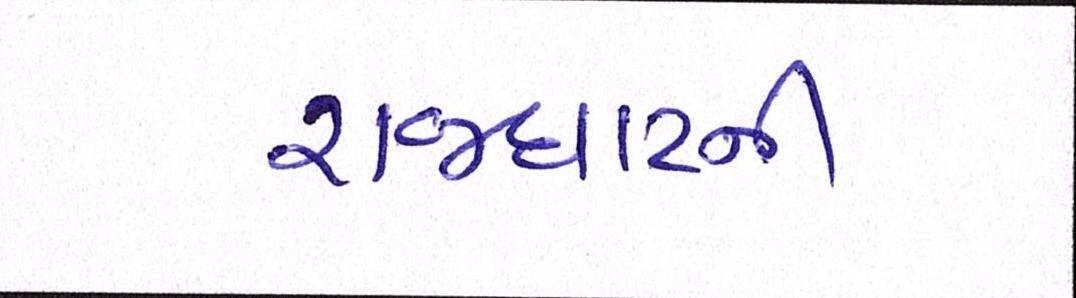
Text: રાજઘાટની